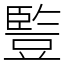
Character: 䜿